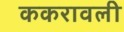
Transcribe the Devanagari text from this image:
ककरावली